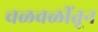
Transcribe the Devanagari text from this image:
चळवळींतून